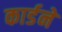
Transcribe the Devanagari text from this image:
कार्डने